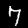
Digit: 7